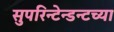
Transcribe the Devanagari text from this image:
सुपरिन्टेन्डन्टच्या